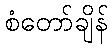
စံတော်ချိန်